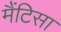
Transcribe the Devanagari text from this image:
मैंटिसा